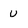
Character: u